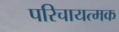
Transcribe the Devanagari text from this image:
परिचायत्मक